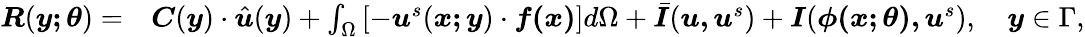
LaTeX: \begin{array}{rl}{\boldsymbol{R}(\boldsymbol{y;\theta})=}&{\boldsymbol{C}(\boldsymbol{y})\cdot\hat{\boldsymbol{u}}(\boldsymbol{y})+\int_{\Omega}\left[-\boldsymbol{u}^{s}(\boldsymbol{x;y})\cdot\boldsymbol{f(x)}\right]d\Omega+\bar{\boldsymbol{I}}(\boldsymbol{u,u}^{s})+\boldsymbol{I}(\boldsymbol{\phi(\boldsymbol{x;\theta}),u}^{s}),\quad\boldsymbol{y}\in\Gamma,}\end{array}